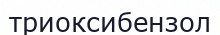
триоксибензол